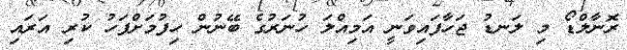
ރޮނާލްޑޯ މި ލަނޑު ޖަހާފައިވަނީ އަމިއްލަ ހުނަރުގެ ބޭނުން ހިފުމަށްފަހު ކުރި އަރައި